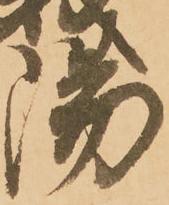
陽